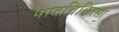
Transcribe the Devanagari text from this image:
पादचिकित्सा